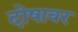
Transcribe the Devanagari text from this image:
दोषावर